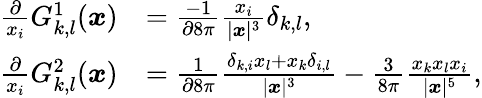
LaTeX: \begin{array}{rl}{\frac{\partial}{x_{i}}G_{k,l}^{1}(\boldsymbol{x})}&{=\frac{-1}{\partial 8\pi}\frac{x_{i}}{|\boldsymbol{x}|^{3}}\delta_{k,l},}\\ {\frac{\partial}{x_{i}}G_{k,l}^{2}(\boldsymbol{x})}&{=\frac{1}{\partial 8\pi}\frac{\delta_{k,i}x_{l}+x_{k}\delta_{i,l}}{|\boldsymbol{x}|^{3}}-\frac{3}{8\pi}\frac{x_{k}x_{l}x_{i}}{|\boldsymbol{x}|^{5}},}\end{array}